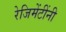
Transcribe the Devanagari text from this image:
रेजिमेंटींनी